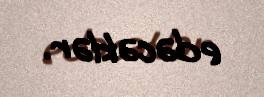
edəcəklər.